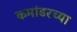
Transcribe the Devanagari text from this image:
कमांडरच्या